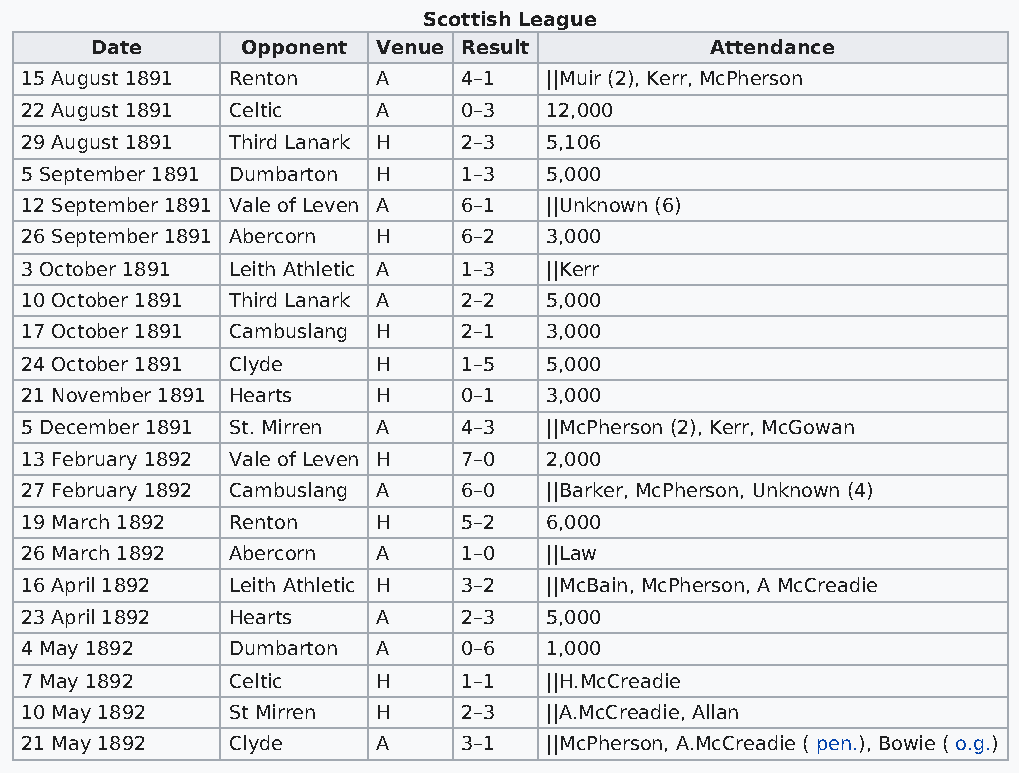
Scottish League
 Date      Opponent Venue Result          Attendance
 15 August 1891 Renton   A     4–1  ||Muir (2), Kerr, McPherson
 22 August 1891 Celtic   A     0–3  12,000
 29 August 1891 Third Lanark H 2–3  5,106
 5 September 1891 Dumbarton H  1–3  5,000
 12 September 1891 Vale of Leven A 6–1 ||Unknown (6)
 26 September 1891 Abercorn H  6–2  3,000
 3 October 1891 Leith Athletic A 1–3 ||Kerr
 10 October 1891 Third Lanark A 2–2 5,000
 17 October 1891 Cambuslang H  2–1  3,000
 24 October 1891 Clyde   H     1–5  5,000
 21 November 1891 Hearts H     0–1  3,000
 5 December 1891 St. Mirren A  4–3  ||McPherson (2), Kerr, McGowan
 13 February 1892 Vale of Leven H 7–0 2,000
 27 February 1892 Cambuslang A 6–0  ||Barker, McPherson, Unknown (4)
 19 March 1892 Renton    H     5–2  6,000
 26 March 1892 Abercorn  A     1–0  ||Law
 16 April 1892 Leith Athletic H 3–2 ||McBain, McPherson, A McCreadie
 23 April 1892 Hearts    A     2–3  5,000
 4 May 1892    Dumbarton A     0–6  1,000
 7 May 1892    Celtic    H     1–1  ||H.McCreadie
 10 May 1892   St Mirren H     2–3  ||A.McCreadie, Allan
 21 May 1892   Clyde     A     3–1  ||McPherson, A.McCreadie ( pen.), Bowie ( o.g.)